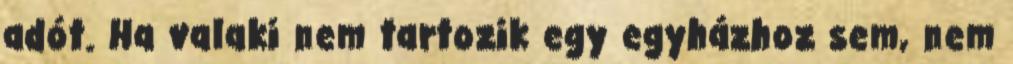
adót. Ha valaki nem tartozik egy egyházhoz sem, nem